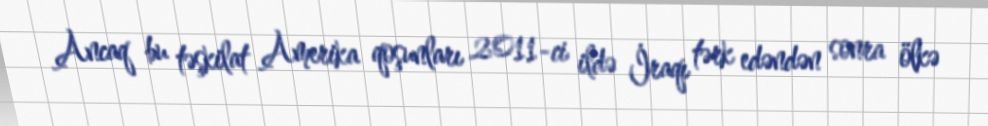
Ancaq bu təşkilat Amerika qoşunları 2011-ci ildə İraqı tərk edəndən sonra ölkə